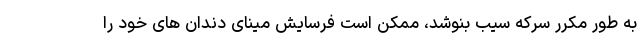
به طور مکرر سرکه سیب بنوشد، ممکن است فرسایش مینای دندان های خود را